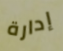
إدارة